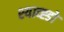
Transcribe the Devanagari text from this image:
श्याव्ह्डो